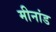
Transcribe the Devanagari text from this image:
मीनांड